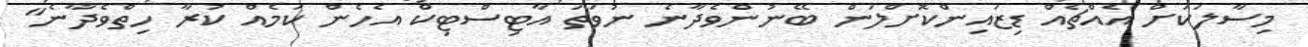
މިސާލަކަށް އެއްޗެއް ޑިޒައިންކޮށްލަން ބޭނުންވެދާނެ ނުވަތަ އާޓިސްޓިކް އެހެން ކަމެއް ކުރާ ހިތްވެދާނެ"